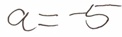
a = - 5